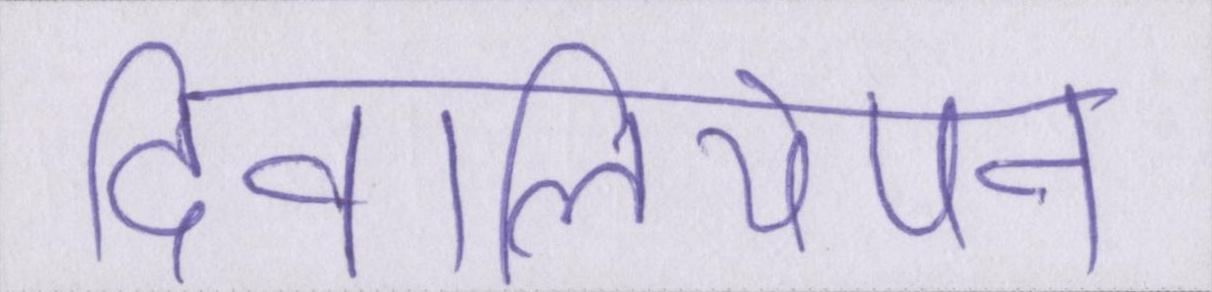
दीवालियेपन